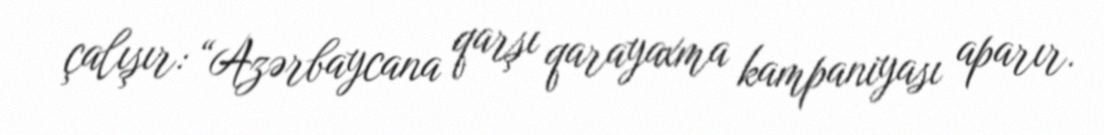
çalışır: “Azərbaycana qarşı qarayaxma kampaniyası aparır.